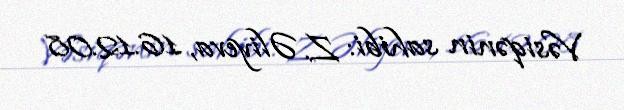
Vəsiqənin sahibi: Z. Əliyeva, 16.12.08